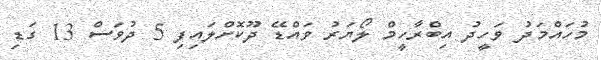
މުހައްމަދު ވަހީދު އިބްރާހީމް ލޯޔަރު ވައްޑޭ ދޫކޮށްލައިފި 5 ދުވަސް 13 ގަޑި